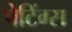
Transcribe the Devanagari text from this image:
पेटिंग्स